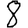
Digit: 8